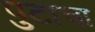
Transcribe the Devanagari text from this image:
पुटाचा